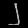
Digit: ၂